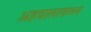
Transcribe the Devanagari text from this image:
अहवालावरून